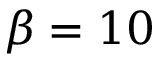
\beta = 1 0